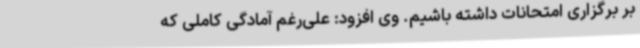
بر برگزاری امتحانات داشته باشیم. وی افزود: علی‌رغم آمادگی کاملی که